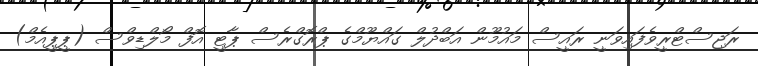
ރަޖިސްޓްރީވެފައިވަނީ ރައީސް މައުމޫން އަބްދުލް ގައްޔޫމްގެ ޕްރޮގްރެސް ޕާޓީ އޮފް މޯލްޑިވްސް (ޕީޕީއެމް)